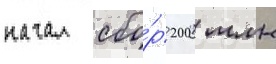
начал сбо́р 200 млн